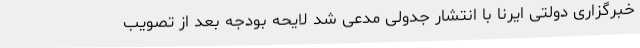
خبرگزاری دولتی ایرنا با انتشار جدولی مدعی شد لایحه بودجه بعد از تصویب